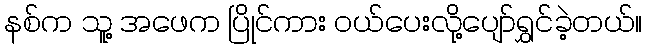
နစ်က သူ့ အဖေက ပြိုင်ကား ဝယ်ပေးလို့ပျော်ရွှင်ခဲ့တယ်။